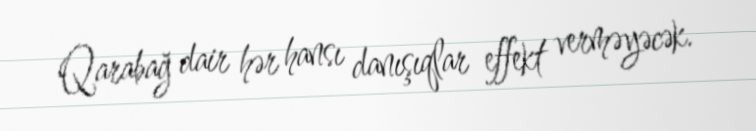
Qarabağ dair hər hansı danışıqlar effekt verməyəcək.